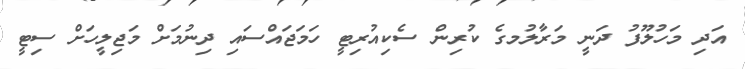
އަދި މަހުލޫފު ދަނީ މަރާލުމގެ ކުރިން ސެކިއުރިޓީ ހަމަޖައްސައި ދިނުމަށް މަޖިލީހަށް ސިޓީ